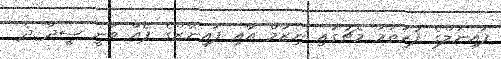
ފައިނަލްގެ ފުރަތަމަ މެޗުގައި ނިޒާމް އާއި ފައިނާޒްގެ ޕެއާ ވަނީ ސީދާ ދެ